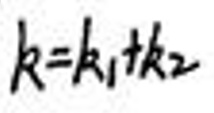
$k = k _ { 1 } + k _ { 2 }$